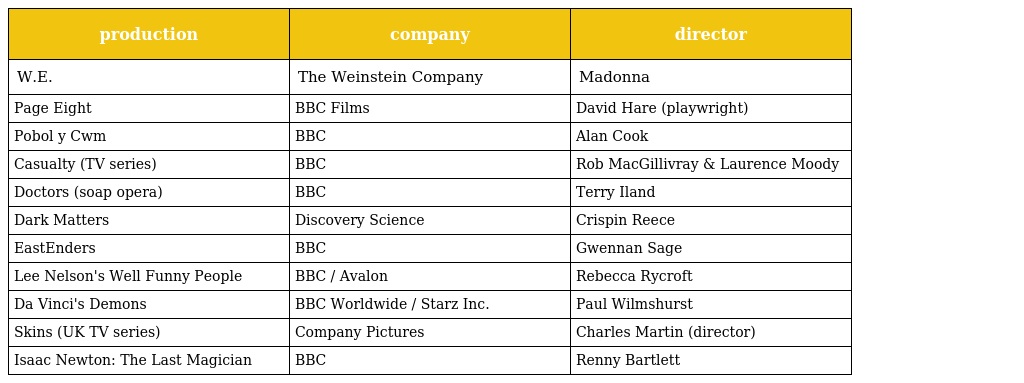
| production | company | director |
 | --- | --- | --- |
 | W.E. | The Weinstein Company | Madonna |
 | Page Eight | BBC Films | David Hare (playwright) |
 | Pobol y Cwm | BBC | Alan Cook |
 | Casualty (TV series) | BBC | Rob MacGillivray & Laurence Moody |
 | Doctors (soap opera) | BBC | Terry Iland |
 | Dark Matters | Discovery Science | Crispin Reece |
 | EastEnders | BBC | Gwennan Sage |
 | Lee Nelson's Well Funny People | BBC / Avalon | Rebecca Rycroft |
 | Da Vinci's Demons | BBC Worldwide / Starz Inc. | Paul Wilmshurst |
 | Skins (UK TV series) | Company Pictures | Charles Martin (director) |
 | Isaac Newton: The Last Magician | BBC | Renny Bartlett |